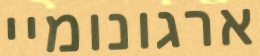
ארגונומיי